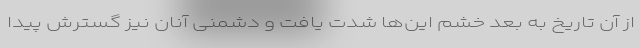
از آن تاریخ به بعد خشم این‌ها شدت یافت و دشمنی آنان نیز گسترش پیدا